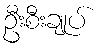
ဦးစီးချုပ်